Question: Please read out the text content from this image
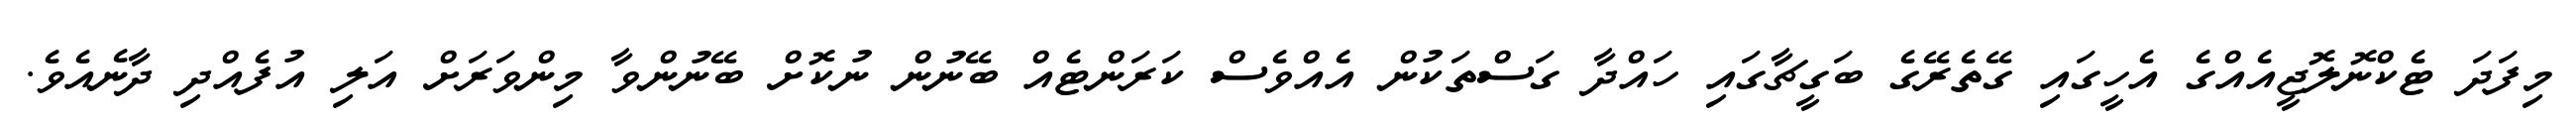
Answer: މިފަދަ ޓެކްނޮލޮޖީއެއްގެ އެހީގައި ގޭތެރޭގެ ބަގީޗާގައި ހައްދާ ގަސްތަކުން އެއްވެސް ކަރަންޓެއް ބޭނުން ނުކޮށް ބޭނުންވާ މިންވަރަށް އަލި އުފެއްދި ދާނެއެވެ.